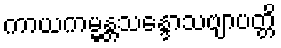
ကာယကမ္မန္တသန္ဒောသဗျာပတ္တိ